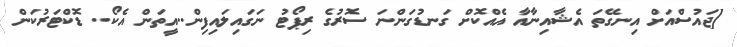
[ޖައުސްއަށް އިނގޭތަ އެޝާއިނާއާ އެއްކޮށް ގަނޑުގަންނަ ސޮރުގެ ރިޕޯޓު ނަގައިލައިފިން..އީތަން އެކޯ.. ޑޮކްޓަރުކަން